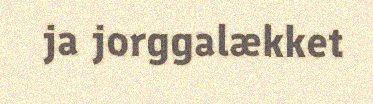
ja jorggalækket